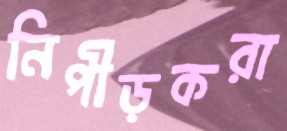
নিপীড়করা